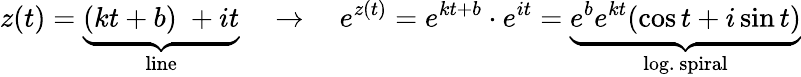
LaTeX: z(t)=\underbrace{(kt+b)\; +it}_{\mathrm{line}}\quad\to\quad e^{z(t)}=e^{kt+b}\cdot e^{it}=\underbrace{e^{b}e^{kt}(\cos t+i\sin t)}_{\mathrm{log.~spiral}}